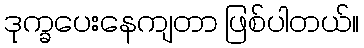
ဒုက္ခပေးနေကျတာ ဖြစ်ပါတယ်။